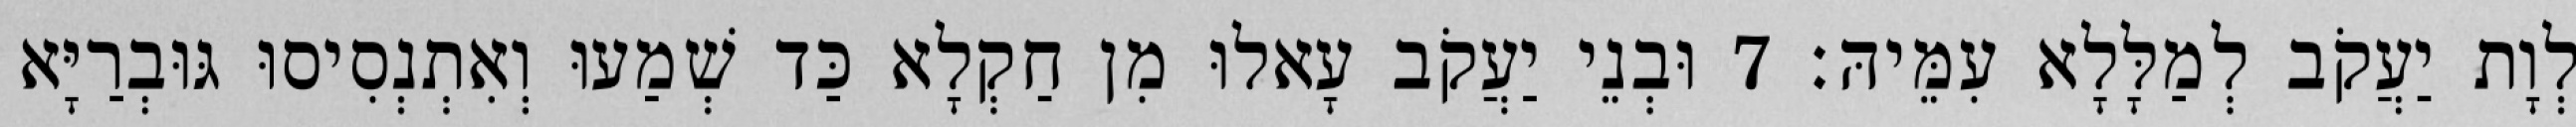
לְוָת יַעֲקֹב לְמַלָּלָא עִמֵּיהּ׃ 7 וּבְנֵי יַעֲקֹב עָאלוּ מִן חַקְלָא כַּד שְׁמַעוּ וְאִתְנְסִיסוּ גּוּבְרַיָּא